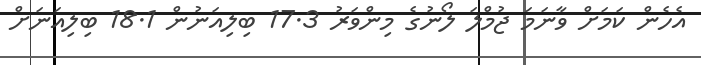
އެހެން ކަމަށް ވާނަމަ ޖުމްލަ ލޯނުގެ މިންވަރު 17.3 ބިލިއަނުން 18.1 ބިލިއަނަށް